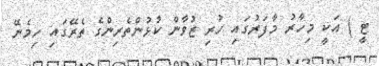
ޓީ ) އަކީ މިހާރު މާފަރުގައި ހުރި ޒުވާން ކުޅުންތެރިންގެ ތެރޭގައި ހިމެނޭ